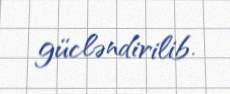
gücləndirilib.